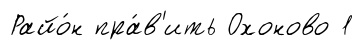
Райо́н пра́в'ить Охоново 1